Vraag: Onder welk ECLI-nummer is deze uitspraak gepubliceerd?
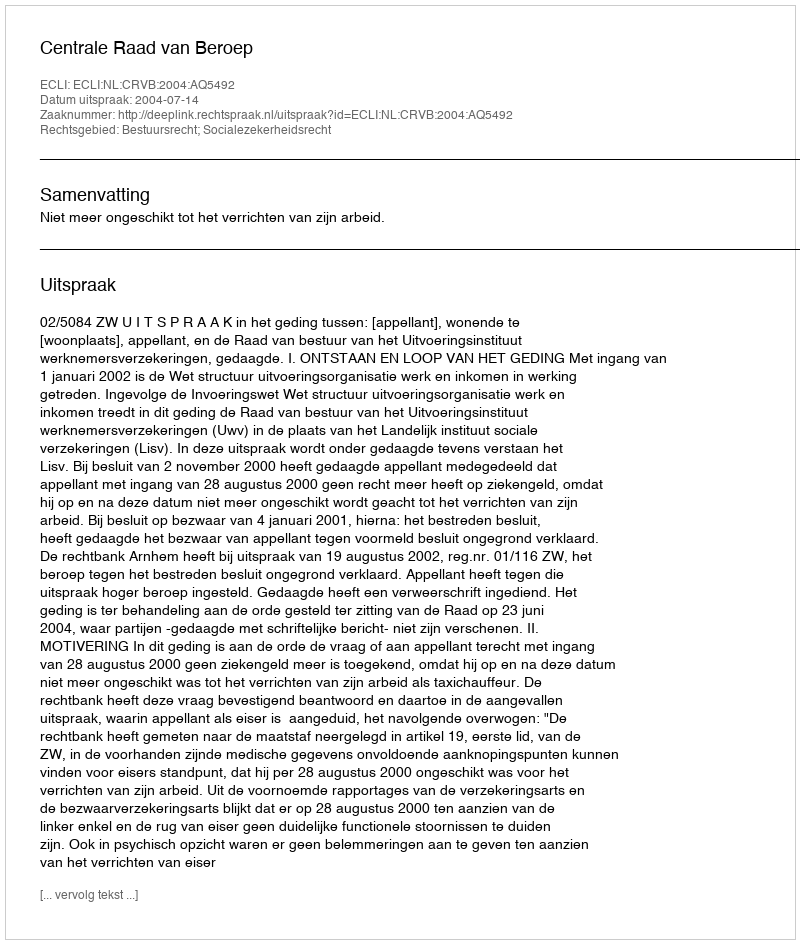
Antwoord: ECLI:NL:CRVB:2004:AQ5492